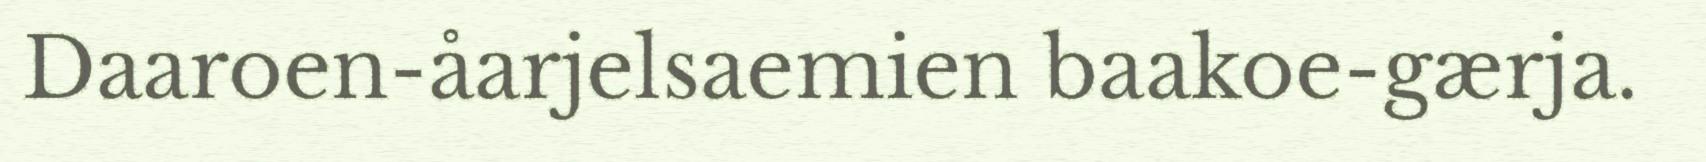
Daaroen-åarjelsaemien baakoe-gærja.